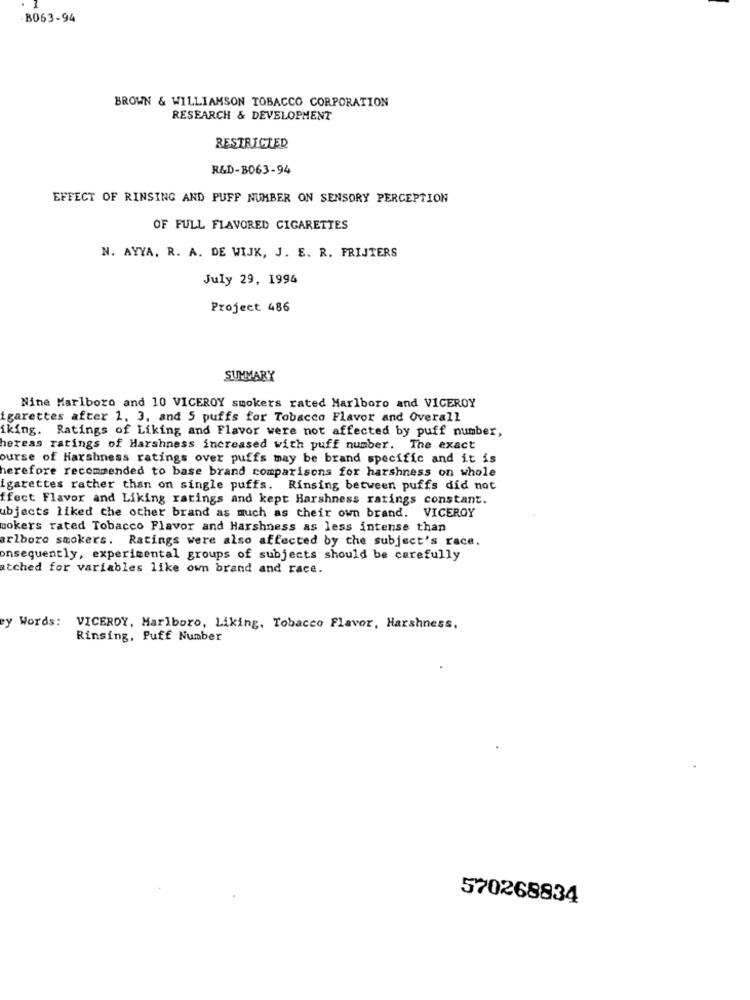
B063-94
BROWN & WILLIAMSON TOBACCO CORPORATION
RESEARCH & DEVELOPMENT
RESTRICTED
R&D-B063-94
EFFECT OF RINSING AND PUFF NUMBER ON SENSORY PERCEPTION
OF FULL FLAVORED CIGARETTES
N. AYYA. R. A. DE WIJK, J. E. R. FRIJTERS
July 29, 1994
Project 486
SUMMARY
Nine Marlboro and 10 VICEROY smokers rated Marlboro and VICEROY
igarettes after 1. 3. and 5 puffs for Tobacco Flavor and Overall
iking. Ratings of Liking and Flavor were not affected by puff number,
hereas ratings of Harshness increased with puff number. The exact
ourse of Harshness ratings over puffs may be brand specific and it is
herefore recommended to base brand comparisons for harshness on whole
igarettes rather than on single puffs. Rinsing between puffs did not
ffect Flavor and Liking ratings and kept Harshness ratings constant.
ubjects liked che other brand as much as their own brand. VICEROY
mokers rated Tobacco Flavor and Harshness as less intense than
arlboro smokers. Ratings were also affected by the subject's race.
onsequently, experimental groups of subjects should be carefully
atched for variables like own brand and race.
ey Words: VICEROY, Marlboro, Liking, Tobacco Flavor, Harshness,
Rinsing, Puff Number
570268834